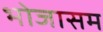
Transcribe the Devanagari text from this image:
भोजासम